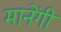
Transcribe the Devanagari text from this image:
मानेंगी